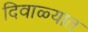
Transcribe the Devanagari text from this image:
दिवाळ्यात